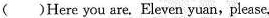
( )Here you are. Eleven yuan, please.